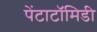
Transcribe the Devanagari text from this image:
पेंटाटॉमिडी